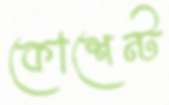
কোশেন্ট